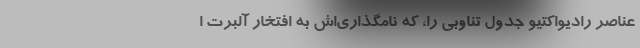
عناصر رادیواکتیو جدول تناوبی را، که نامگذاری‌اش به افتخار آلبرت ا